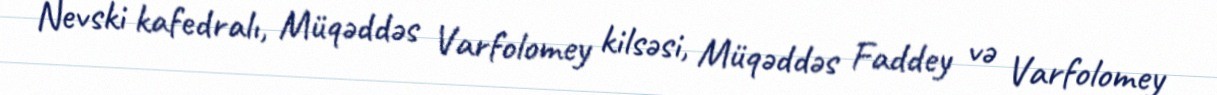
Nevski kafedralı, Müqəddəs Varfolomey kilsəsi, Müqəddəs Faddey və Varfolomey